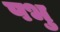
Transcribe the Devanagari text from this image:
पभु